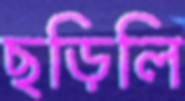
ছড়িলি